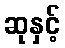
ဆုနှင့်